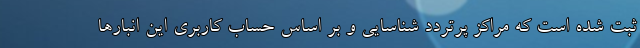
ثبت شده است که مراکز پرتردد شناسایی و بر اساس حساب کاربری این انبار‌ها